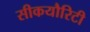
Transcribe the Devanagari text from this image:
सीकयौरिटी